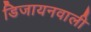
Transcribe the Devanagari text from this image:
डिजायनवाली